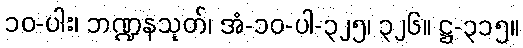
၁၀-ပါး၊ ဘဏ္ဍနသုတ်၊ အံ-၁၀-ပါ-၃၂၅၊ ၃၂၆။ ဋ္ဌ-၃၁၅။